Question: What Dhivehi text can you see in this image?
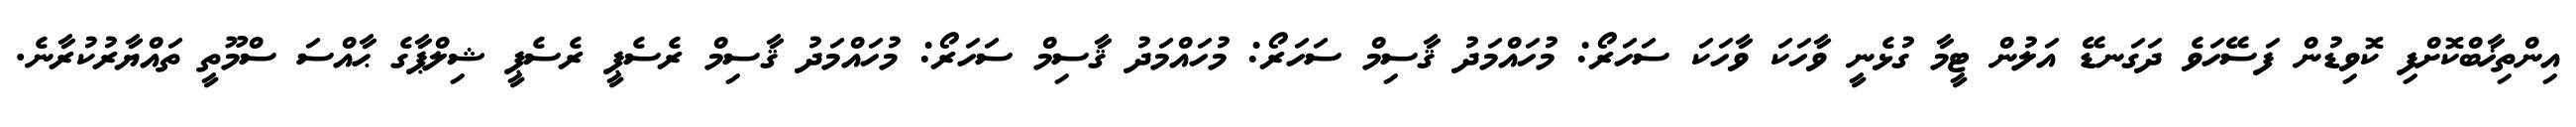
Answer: އިންތިޚާބްކޮށްފި ކޮވިޑުން ފަސޭހަވެ ދަގަނޑޭ އަލުން ޓީމާ ގުޅެނީ ވާހަކަ ވާހަކަ ސަހަރޯ: މުހައްމަދު ޤާސިމް ސަހަރޯ: މުހައްމަދު ޤާސިމް ސަހަރޯ: މުހައްމަދު ޤާސިމް ރެސެޕީ ރެސެޕީ ޝިލްޕާގެ ޙާއްސަ ސްމޫތީ ތައްޔާރުކުރާނެ.